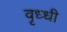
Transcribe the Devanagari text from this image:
वृध्धी